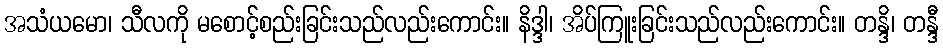
အသံယမော၊ သီလကို မစောင့်စည်းခြင်းသည်လည်းကောင်း။ နိဒ္ဒါ၊ အိပ်ကြူးခြင်းသည်လည်းကောင်း။ တန္ဒိ၊ တန္ဒီ